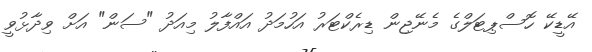
އޭޑީކޭ ހޮސްޕިޓަލްގެ މެނޭޖިން ޑިރެކްޓަރު އަހުމަދު އައްފާލު މިއަދު "ސަން" އަށް ވިދާޅުވީ